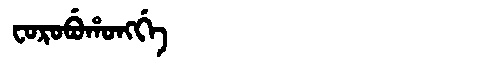
Manchu: ᠸᠣᡵᠣᠪᡠᡥᠣᠩᡤᡝ
Romanization: FOROBUHONGGE